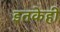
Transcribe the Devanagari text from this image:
इतकेही